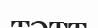
тәтт